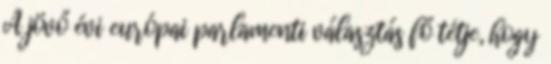
A jövő évi európai parlamenti választás fő tétje, hogy